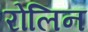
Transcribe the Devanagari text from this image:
रोलिन